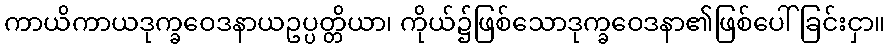
ကာယိကာယဒုက္ခဝေဒနာယဥပ္ပတ္တိယာ၊ ကိုယ်၌ဖြစ်သောဒုက္ခဝေဒနာ၏ဖြစ်ပေါ်ခြင်းငှာ။